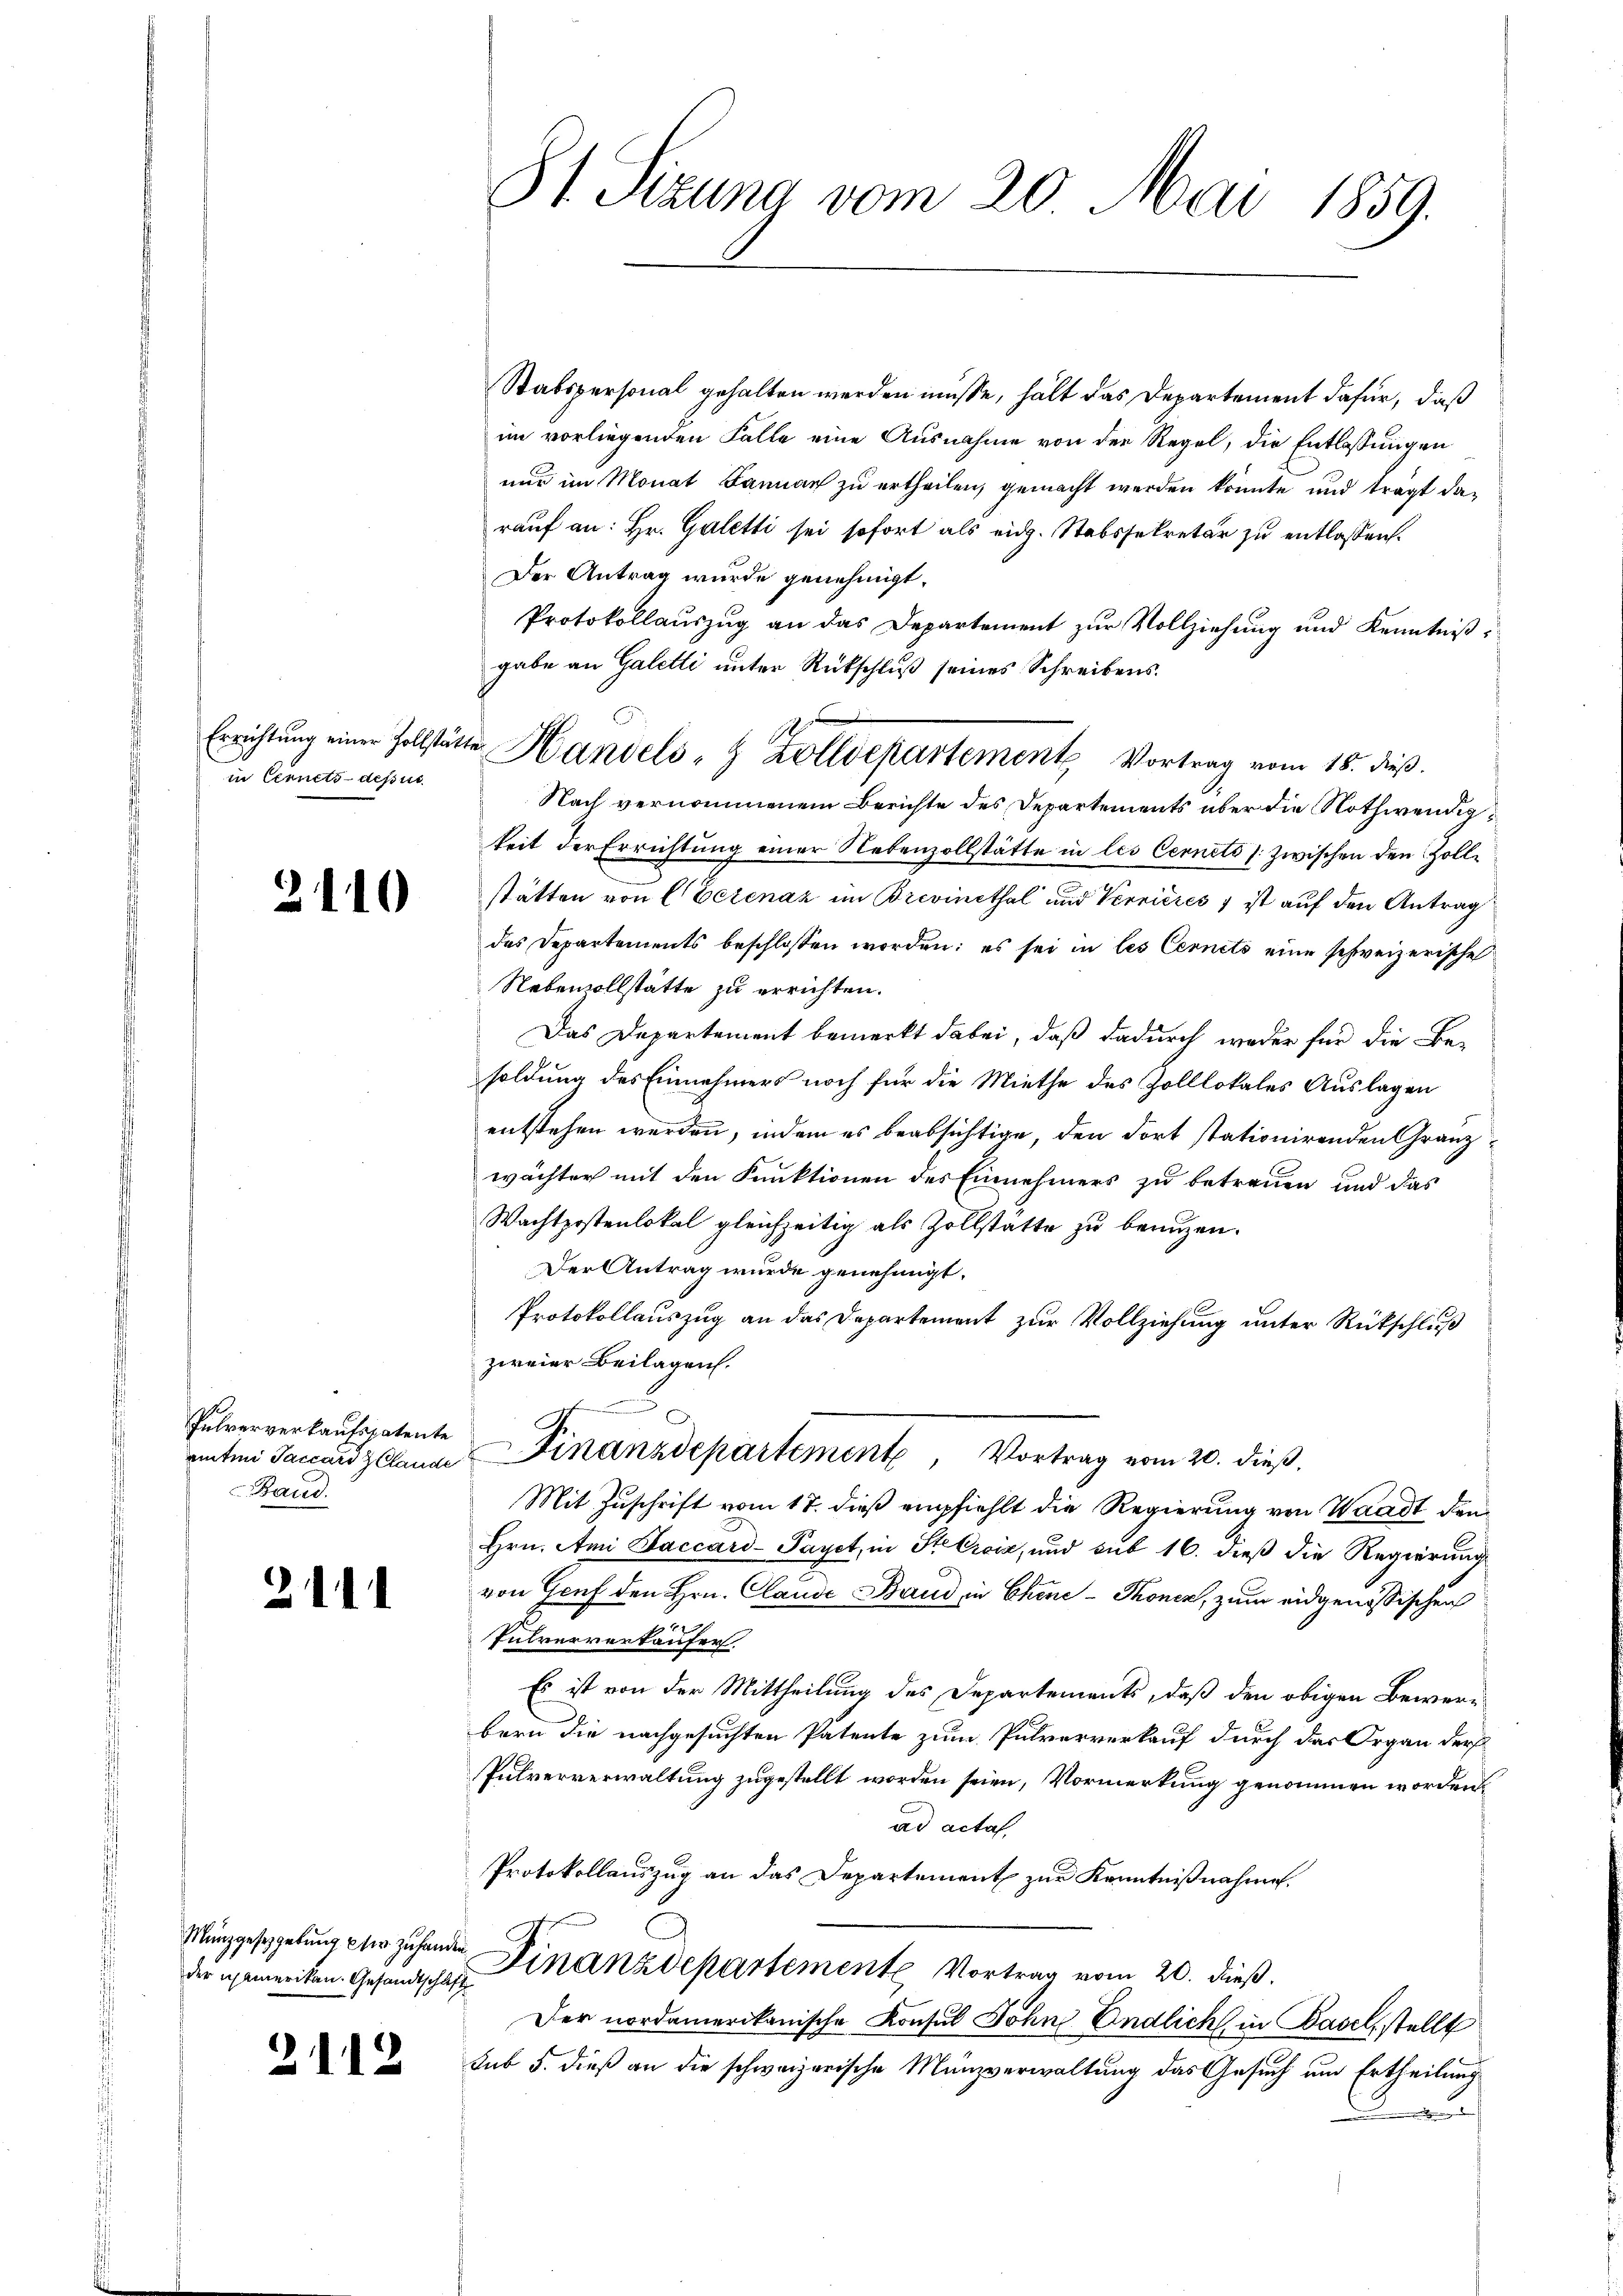
Errichtung einer Zollstänin Cernets-dessus

2110

Pulververkaufspatente
amten Taccard Z Claude
Baus

2111

Münzgesetzgebung ster zu handen
der Chamerikan. Gesandtschlaft

2112

Stabspersonal gehalten werden müsse, hält das Departement dafür, daß
im vorliegenden Falle eine Ausnahme von der Regel, die Entlassungen
nur im Monat Januar zu ertheilen, gemacht werden könnte und trägt darauf an: Hr. Galetti sei sofort als eidg. Stabssekretär zu entlassen.
Der Antrag wurde genehmigt.
Protokollauszug an das Departement zur Vollziehung und Kenntniß:
gabe an Galetti unter Rückschluß seines Schreibens.
Nach vernommenem Berichte des Departements über die Nothwendigkeit der Errichtung einer Nebenzollstätte in les Cernets [ zwischen den Zollstätten von CVerenaz im Brevinethal und Vernières 1 ist auf den Antrag
das Departements beschlossen worden: es sei in les Cernets eine schweizerische
Nebenvollstätte zu errichten.
Das Departement bemerkt dabei, daß dadurch weder für die Be-
soldung des Einnehmers noch für die Miethe des Zolllokales Auslagen
entstehen werden, indem es beabsichtige, den dort stationirenden Granz
wächter mit den Funktionen des Einnehmers zu betreuen und das
Wachtpostenlokal gleichzeitig als Zollstatte zu benuzen.
Der Antrag wurde genehmigt.
Protokollauszug an das Departement zur Vollziehung unter Rückschluß
zweier Beilagen.
d
R.
Finanzdepartement, Vortrag vom 20. dieß,
Mit Zuschrift vom 17. dieß empfiehlt die Regierung von Waadt den
Hrn. Ami Saccard-Payet, in Stelroiz, und sub 16. dieß die Regierung
von Genf den Hrn. Claude Band in Chine-Thonen, zum eidgenössischen
Pulververkäufer.
Es ist von der Mittheilung des Departements, daß den obigen Bewerbern die nachgesuchten Patente zum Pulververkauf durch das Organ der
Pulververwaltung zugestellt worden seien, Vormerkung genommen worden,
ad acta
Protokollauszug an das Departement zur Kenntnißnahme.
Finanzdepartemente Vortrag vom 20. dieß.
Der nordamerikanische Konsul Sohne Endlich in Basel, stellt
sub 5. dieß an die schweizerische Manzverwaltung das Gesuch um Ertheilung
d

81. Sizung vom 20. Mai 1859.

im Handels- & Zolldepartement Vortrag vom 15. dieß.